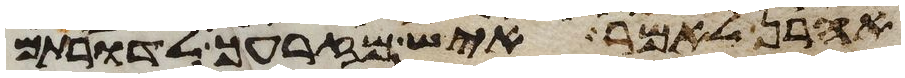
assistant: אהרן לאמר איש מזרעך לדרותם